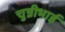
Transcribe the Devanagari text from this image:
चुन्नीभाई